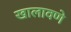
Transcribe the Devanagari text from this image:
खालावणे